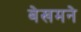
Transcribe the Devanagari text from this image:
बेखमने